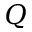
Q